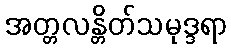
အတ္တလန္တိတ်သမုဒ္ဒရာ